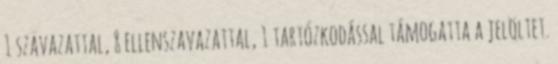
1 szavazattal, 8 ellenszavazattal, 1 tartózkodással támogatta a jelöltet.